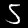
Label: 5